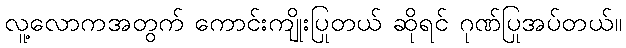
လူ့လောကအတွက် ကောင်းကျိုးပြုတယ် ဆိုရင် ဂုဏ်ပြုအပ်တယ်။